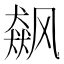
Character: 飙